Civil Veterinary Department. Central Provinces & Berar 1925-31 - 1925-1931
Year: 1925
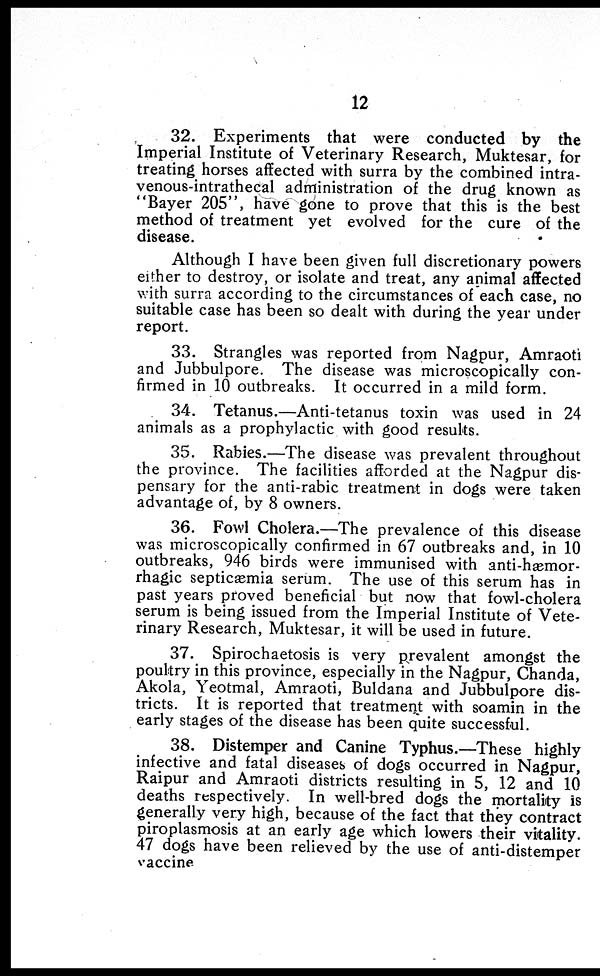
12
32. Experiments that were conducted by the
Imperial Institute of Veterinary Research, Muktesar, for
treating horses affected with surra by the combined intra-
venous-intrathecal administration of the drug known as
"Bayer 205", have gone to prove that this is the best
method of treatment yet evolved for the cure of the
disease.
Although I have been given full discretionary powers
either to destroy, or isolate and treat, any animal affected
with surra according to the circumstances of each case, no
suitable case has been so dealt with during the year under
report.
33. Strangles was reported from Nagpur, Amraoti
and Jubbulpore. The disease was microscopically con-
firmed in 10 outbreaks. It occurred in a mild form.
34. Tetanus.—Anti-tetanus toxin was used in 24
animals as a prophylactic with good results.
35. Rabies.—The disease was prevalent throughout
the province. The facilities afforded at the Nagpur dis-
pensary for the anti-rabic treatment in dogs were taken
advantage of, by 8 owners.
36. Fowl Cholera.—The prevalence of this disease
was microscopically confirmed in 67 outbreaks and, in 10
outbreaks, 946 birds were immunised with anti-hæmor-
rhagic septicæmia serum. The use of this serum has in
past years proved beneficial but now that fowl-cholera
serum is being issued from the Imperial Institute of Vete-
rinary Research, Muktesar, it will be used in future.
37. Spirochaetosis is very prevalent amongst the
poultry in this province, especially in the Nagpur, Chanda,
Akola, Yeotmal, Amraoti, Buldana and Jubbulpore dis-
tricts. It is reported that treatment with soamin in the
early stages of the disease has been quite successful.
38. Distemper and Canine Typhus.—These highly
infective and fatal diseases of dogs occurred in Nagpur,
Raipur and Amraoti districts resulting in 5, 12 and 10
deaths respectively. In well-bred dogs the mortality is
generally very high, because of the fact that they contract
piroplasmosis at an early age which lowers their vitality.
47 dogs have been relieved by the use of anti-distemper
vaccine